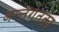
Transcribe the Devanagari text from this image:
अन्तर्गतका